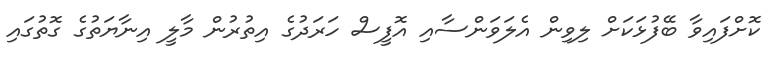
ކޮށްފައިވާ ބޭފުޅަކަށް ލިވިން އެލަވަންސާއި އޮފީސް ހަރަދުގެ އިތުރުން މާލީ އިނާޔަތުގެ ގޮތުގައި